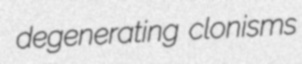
degenerating clonisms